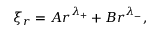
\xi _ { r } = A r ^ { \lambda _ { + } } + B r ^ { \lambda _ { - } } ,